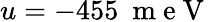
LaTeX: u=-455~\mathrm{~m~e~V~}